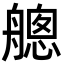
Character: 𦪐